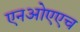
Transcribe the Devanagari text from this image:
एनओएएच